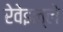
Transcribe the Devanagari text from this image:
रेवेइल्ले